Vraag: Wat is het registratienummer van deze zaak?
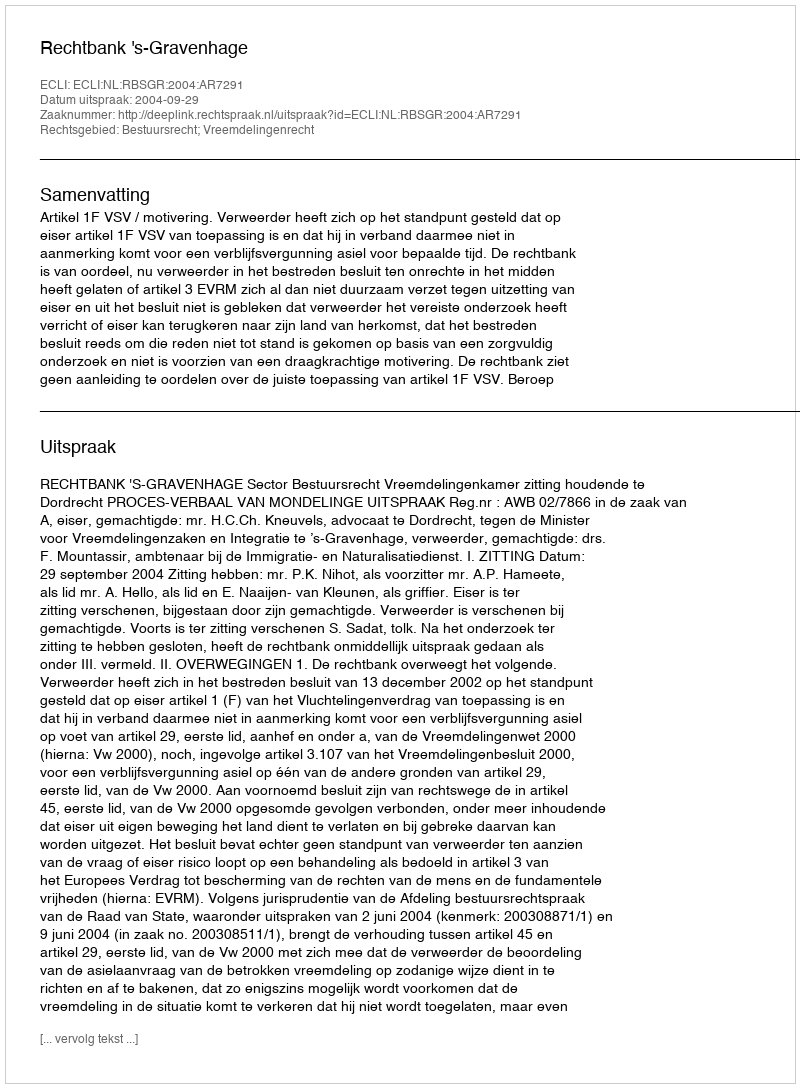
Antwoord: http://deeplink.rechtspraak.nl/uitspraak?id=ECLI:NL:RBSGR:2004:AR7291